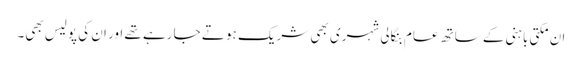
ان مکتی باہنی کے ساتھ عام بنگالی شہری بھی شریک ہو تے جا رہے تھے اور ان کی پولیس بھی۔